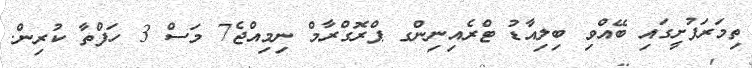
ތިމަރަފުށީގައި ބޭއްވި ބިލިއާޑު ޓްރެއިނިންގ ޕްރޮގްރާމް ނިމިއްޖެ7 މަސް 3 ހަފްތާ ކުރިން.